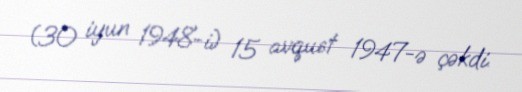
(30 iyun 1948-i) 15 avqust 1947-ə çəkdi.